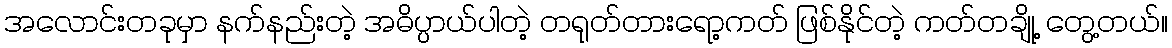
အလောင်းတခုမှာ နက်နည်းတဲ့ အဓိပ္ပာယ်ပါတဲ့ တရုတ်တားရော့ကတ် ဖြစ်နိုင်တဲ့ ကတ်တချို့ တွေ့တယ်။